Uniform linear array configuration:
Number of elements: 24
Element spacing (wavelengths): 1
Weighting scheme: kaiser
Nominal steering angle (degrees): -45
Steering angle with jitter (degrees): -44.688
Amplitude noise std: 0.05
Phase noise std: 0.05

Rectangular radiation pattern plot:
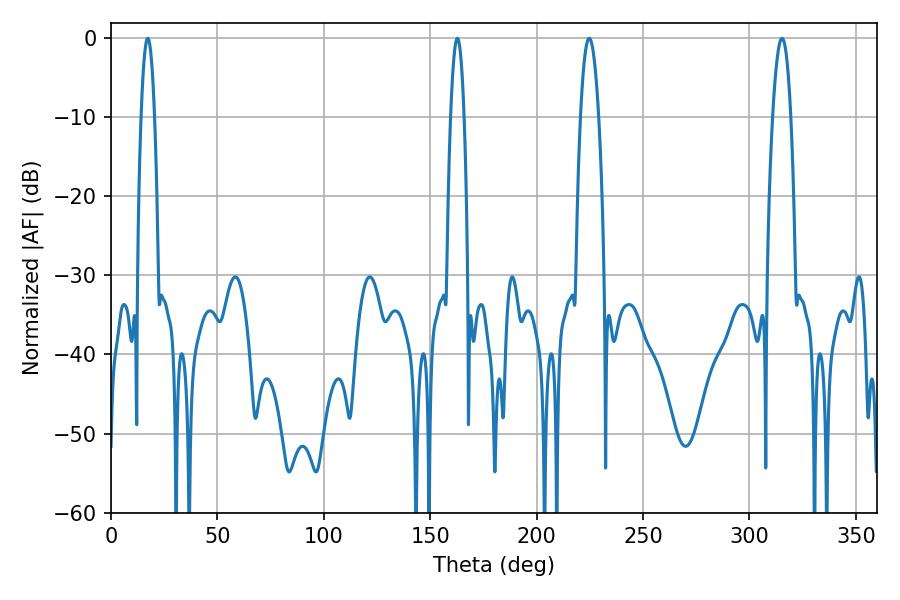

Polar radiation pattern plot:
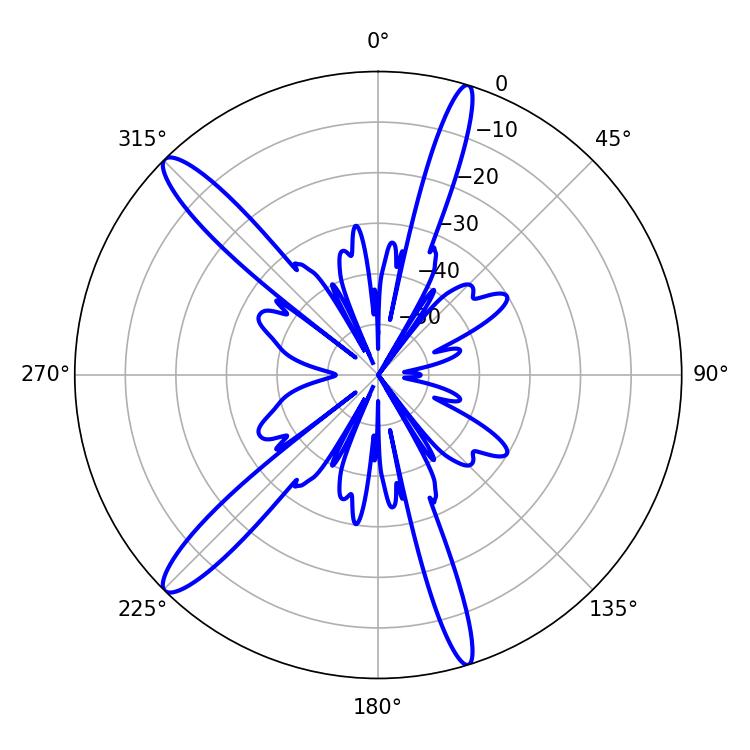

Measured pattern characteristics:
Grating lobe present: TRUE
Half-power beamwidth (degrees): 3.42
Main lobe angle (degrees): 17.28